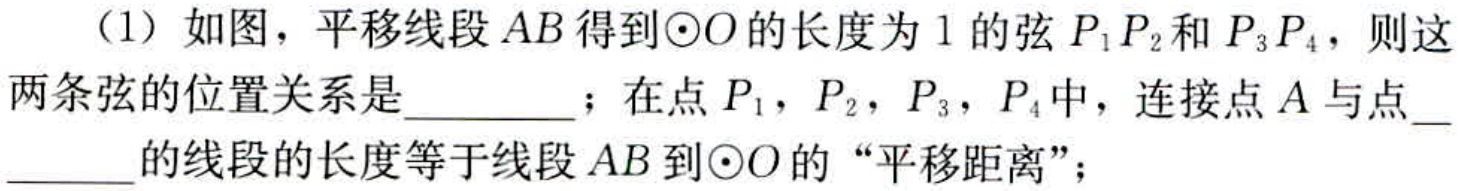
（1）如图，平移线段\(AB\)得到\(\odot O\)的长度为\(1\)的弦\(P_{1}P_{2}\)和\(P_{3}P_{4}\)，则这两条弦的位置关系是  ；在点\(P_{1}\)，\(P_{2}\)，\(P_{3}\)，\(P_{4}\)中，连接点\(A\)与点  的线段的长度等于线段\(AB\)到\(\odot O\)的“平移距离”；